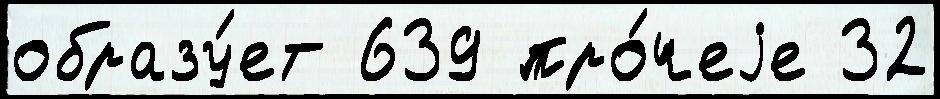
образу́ет 639 про́чеjе 32